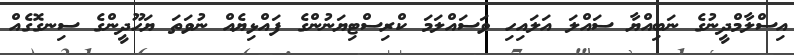
އިސްލާމްދީނުގެ ނަބިއްޔާ ސައްލަ އަލައިހި ވަސައްލަމަ ކްރިސްޓިޔަނުންގެ ފައްޅިޔެއް ނުވަތަ ޔަހޫދީންގެ ސިނގޮގެއް